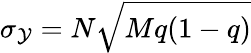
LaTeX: \sigma_{\mathcal{Y}}=N\sqrt{Mq(1-q)}